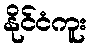
နိုင်ငံကူး